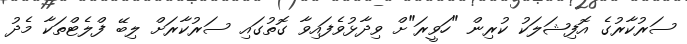
ސަރުކާރުގެ އޮފިޝަލަކު ކުރިން "ހަވީރަ"ށް ވިދާޅުވެފައިވާ ގޮތުގައި ސަރުކާރަށް ލިބޭ ފްލެޓްތަކާ މެދު